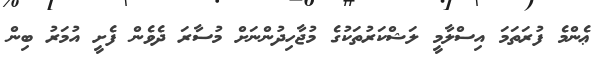
ޢެންމެ ފުރަތަމަ އިސްލާމީ ލަޝްކަރުތަކުގެ މުޖާހިދުންނަށް މުސާރަ ދެވެން ފެށީ އުމަރު ބިން